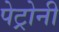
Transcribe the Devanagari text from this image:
पेट्रोनी